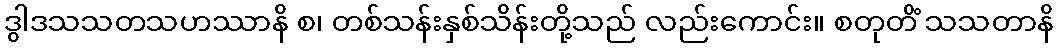
ဒွါဒသသတသဟဿာနိ စ၊ တစ်သန်းနှစ်သိန်းတို့သည် လည်းကောင်း။ စတုတိံ သသတာနိ